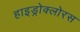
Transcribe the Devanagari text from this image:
हाइड्रोक्लोरस